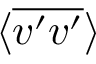
\langle \overline { { v ^ { \prime } v ^ { \prime } } } \rangle